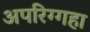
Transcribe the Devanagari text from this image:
अपरिग्गहा